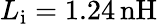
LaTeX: L_{\mathrm{i}}=1.24\, \mathrm{nH}